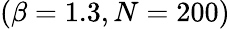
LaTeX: (\beta=1.3,N=200)